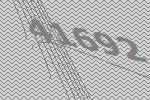
41692